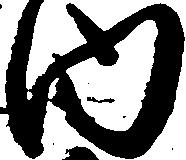
内